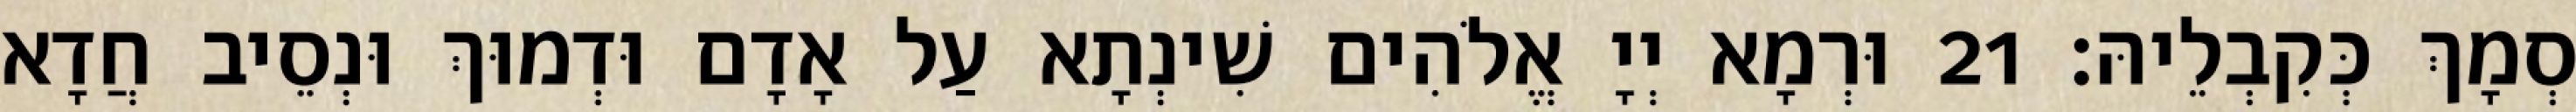
סְמָךְ כְּקִבְלֵיהּ׃ 21 וּרְמָא יְיָ אֱלֹהִים שִׁינְתָא עַל אָדָם וּדְמוּךְ וּנְסֵיב חֲדָא